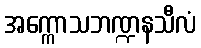
အက္ကောသဘဏ္ဍနသီလံ